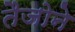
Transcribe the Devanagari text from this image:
तैजोने